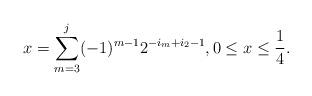
LaTeX: \begin{align*}x = \sum_{m=3}^j (-1)^{m-1} 2^{-i_m + i_2 -1}, 0 \leq x \leq\frac{1}{4}.\end{align*}